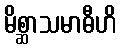
မိစ္ဆာသမာဓီဟိ